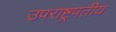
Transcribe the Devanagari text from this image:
उपराष्ट्रपतीय